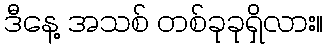
ဒီနေ့ အသစ် တစ်ခုခုရှိလား။